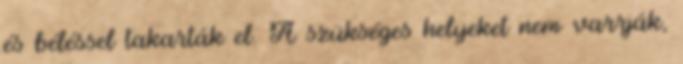
és béléssel takarták el. A szükséges helyeket nem varrják,